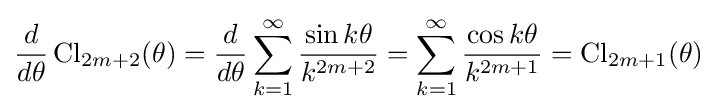
{\frac {d}{d\theta }}\operatorname {Cl} _{2m+2}(\theta )={\frac {d}{d\theta }}\sum _{k=1}^{\infty }{\frac {\sin k\theta }{k^{2m+2}}}=\sum _{k=1}^{\infty }{\frac {\cos k\theta }{k^{2m+1}}}=\operatorname {Cl} _{2m+1}(\theta )